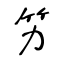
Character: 竻